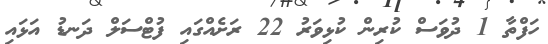
ހަފްތާ 1 ދުވަސް ކުރިން ކުޅިވަރު 22 ރަށެއްގައި ފުޓްސަލް ދަނޑު އަޅައި